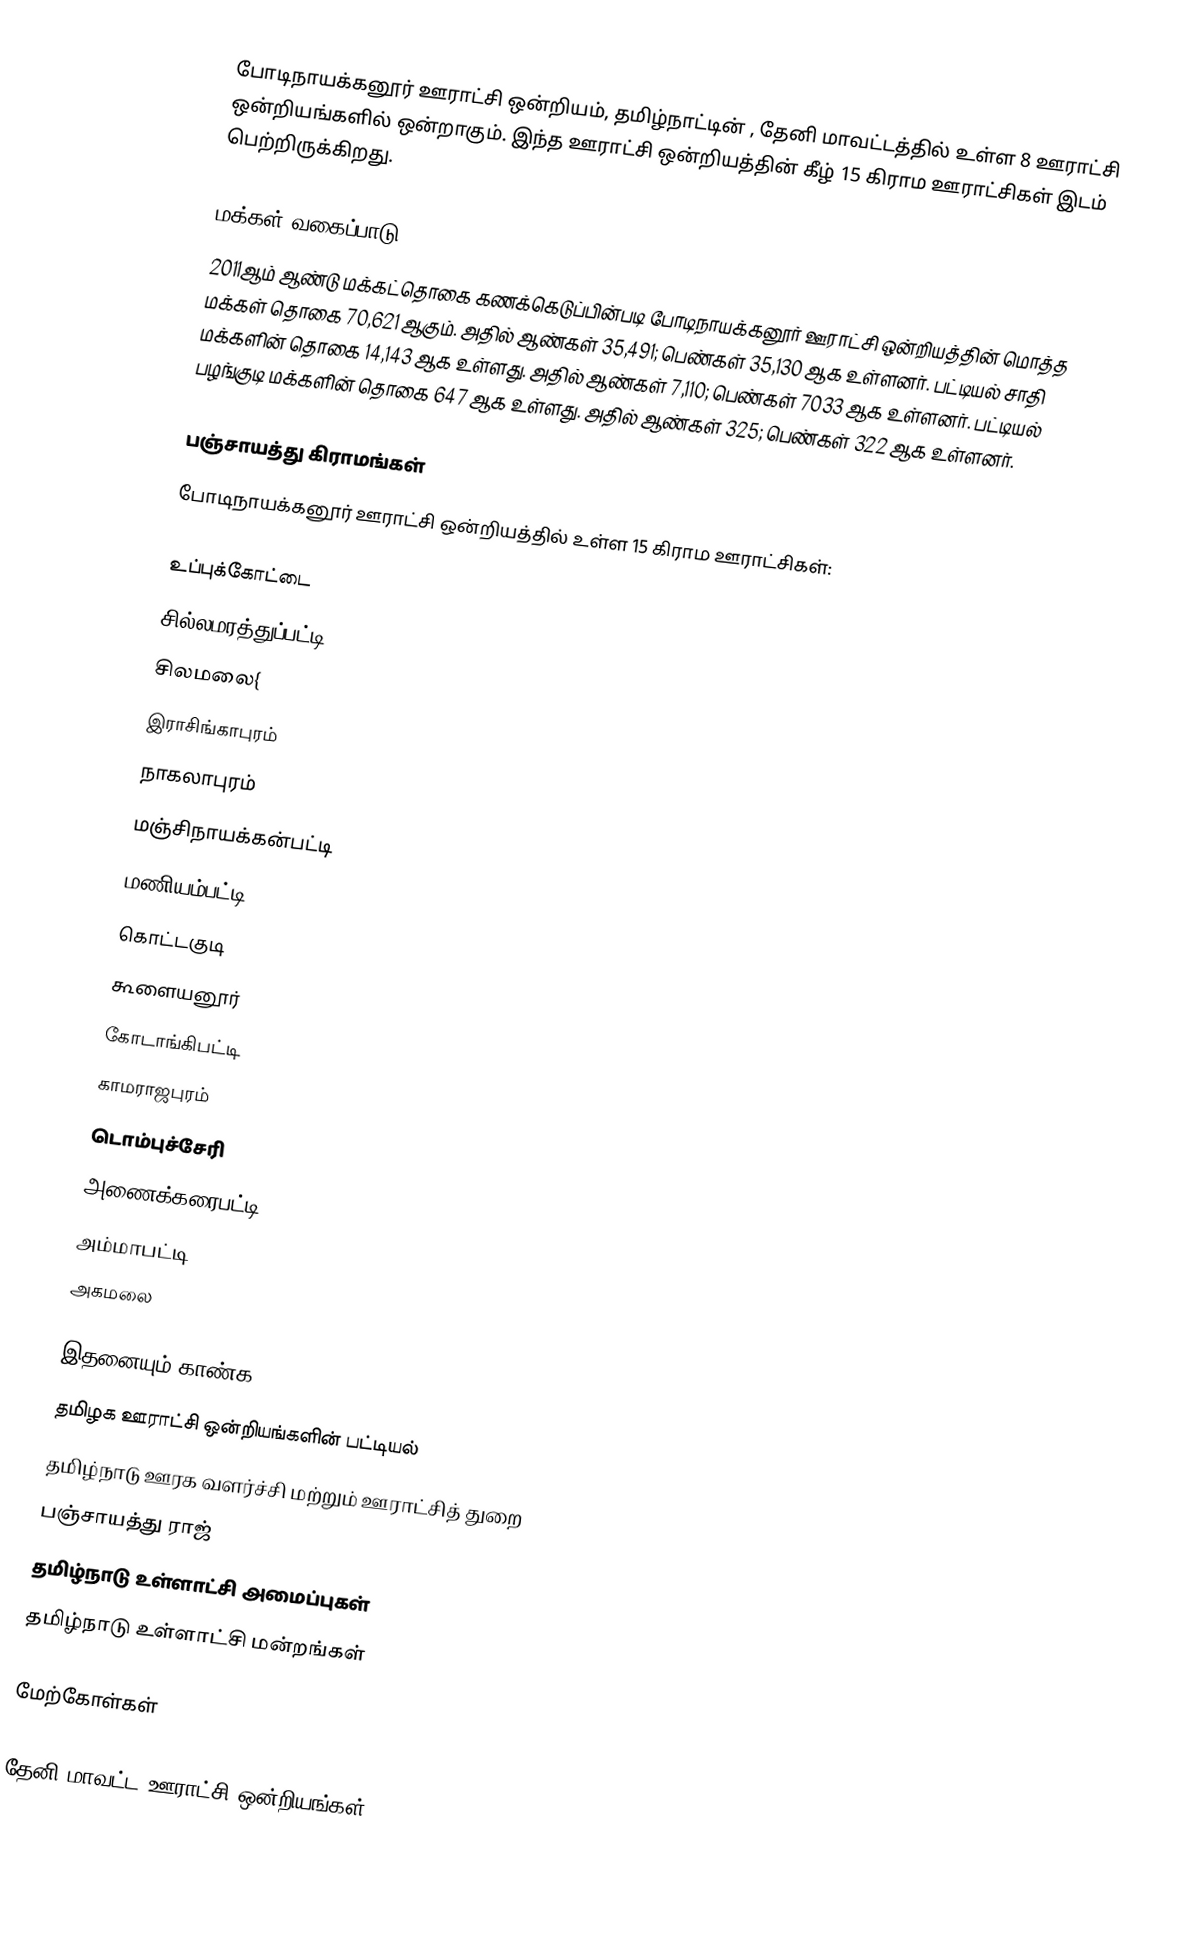
போடிநாயக்கனூர் ஊராட்சி ஒன்றியம், தமிழ்நாட்டின் , தேனி மாவட்டத்தில் உள்ள 8 ஊராட்சி ஒன்றியங்களில் ஒன்றாகும். இந்த ஊராட்சி ஒன்றியத்தின் கீழ் 15 கிராம ஊராட்சிகள் இடம் பெற்றிருக்கிறது.

மக்கள் வகைப்பாடு
2011ஆம் ஆண்டு மக்கட்தொகை கணக்கெடுப்பின்படி போடிநாயக்கனூர் ஊராட்சி ஒன்றியத்தின் மொத்த மக்கள் தொகை 70,621 ஆகும். அதில் ஆண்கள் 35,491; பெண்கள் 35,130 ஆக உள்ளனர். பட்டியல் சாதி மக்களின் தொகை 14,143 ஆக உள்ளது. அதில் ஆண்கள் 7,110; பெண்கள் 7033 ஆக உள்ளனர். பட்டியல் பழங்குடி மக்களின் தொகை 647 ஆக உள்ளது. அதில் ஆண்கள் 325; பெண்கள் 322 ஆக உள்ளனர்.

பஞ்சாயத்து கிராமங்கள்
போடிநாயக்கனூர் ஊராட்சி ஒன்றியத்தில் உள்ள 15 கிராம ஊராட்சிகள்:

 உப்புக்கோட்டை
 சில்லமரத்துப்பட்டி
 சிலமலை{
 இராசிங்காபுரம்
 நாகலாபுரம்
 மஞ்சிநாயக்கன்பட்டி
 மணியம்பட்டி
 கொட்டகுடி
 கூளையனூர்
 கோடாங்கிபட்டி
 காமராஜபுரம்
 டொம்புச்சேரி
 அணைக்கரைபட்டி
 அம்மாபட்டி
 அகமலை

இதனையும் காண்க
 தமிழக ஊராட்சி ஒன்றியங்களின் பட்டியல்
 தமிழ்நாடு ஊரக வளர்ச்சி மற்றும் ஊராட்சித் துறை
 பஞ்சாயத்து ராஜ்
 தமிழ்நாடு உள்ளாட்சி அமைப்புகள்
 தமிழ்நாடு உள்ளாட்சி மன்றங்கள்

மேற்கோள்கள்

தேனி மாவட்ட ஊராட்சி ஒன்றியங்கள்